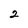
Character: 2